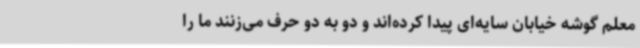
معلم گوشه خیابان سایه‌ای پیدا کرده‌اند و دو به دو حرف می‌زنند ما را